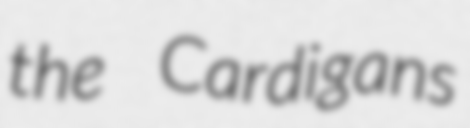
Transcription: the Cardigans